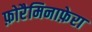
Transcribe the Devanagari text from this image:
फ़ोरैमिनाफ़ेरा